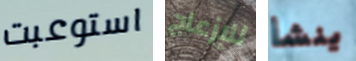
استوعبت للإزعاج ينشأ